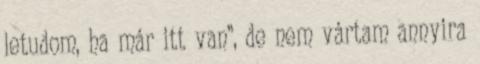
letudom, ha már itt van”, de nem vártam annyira